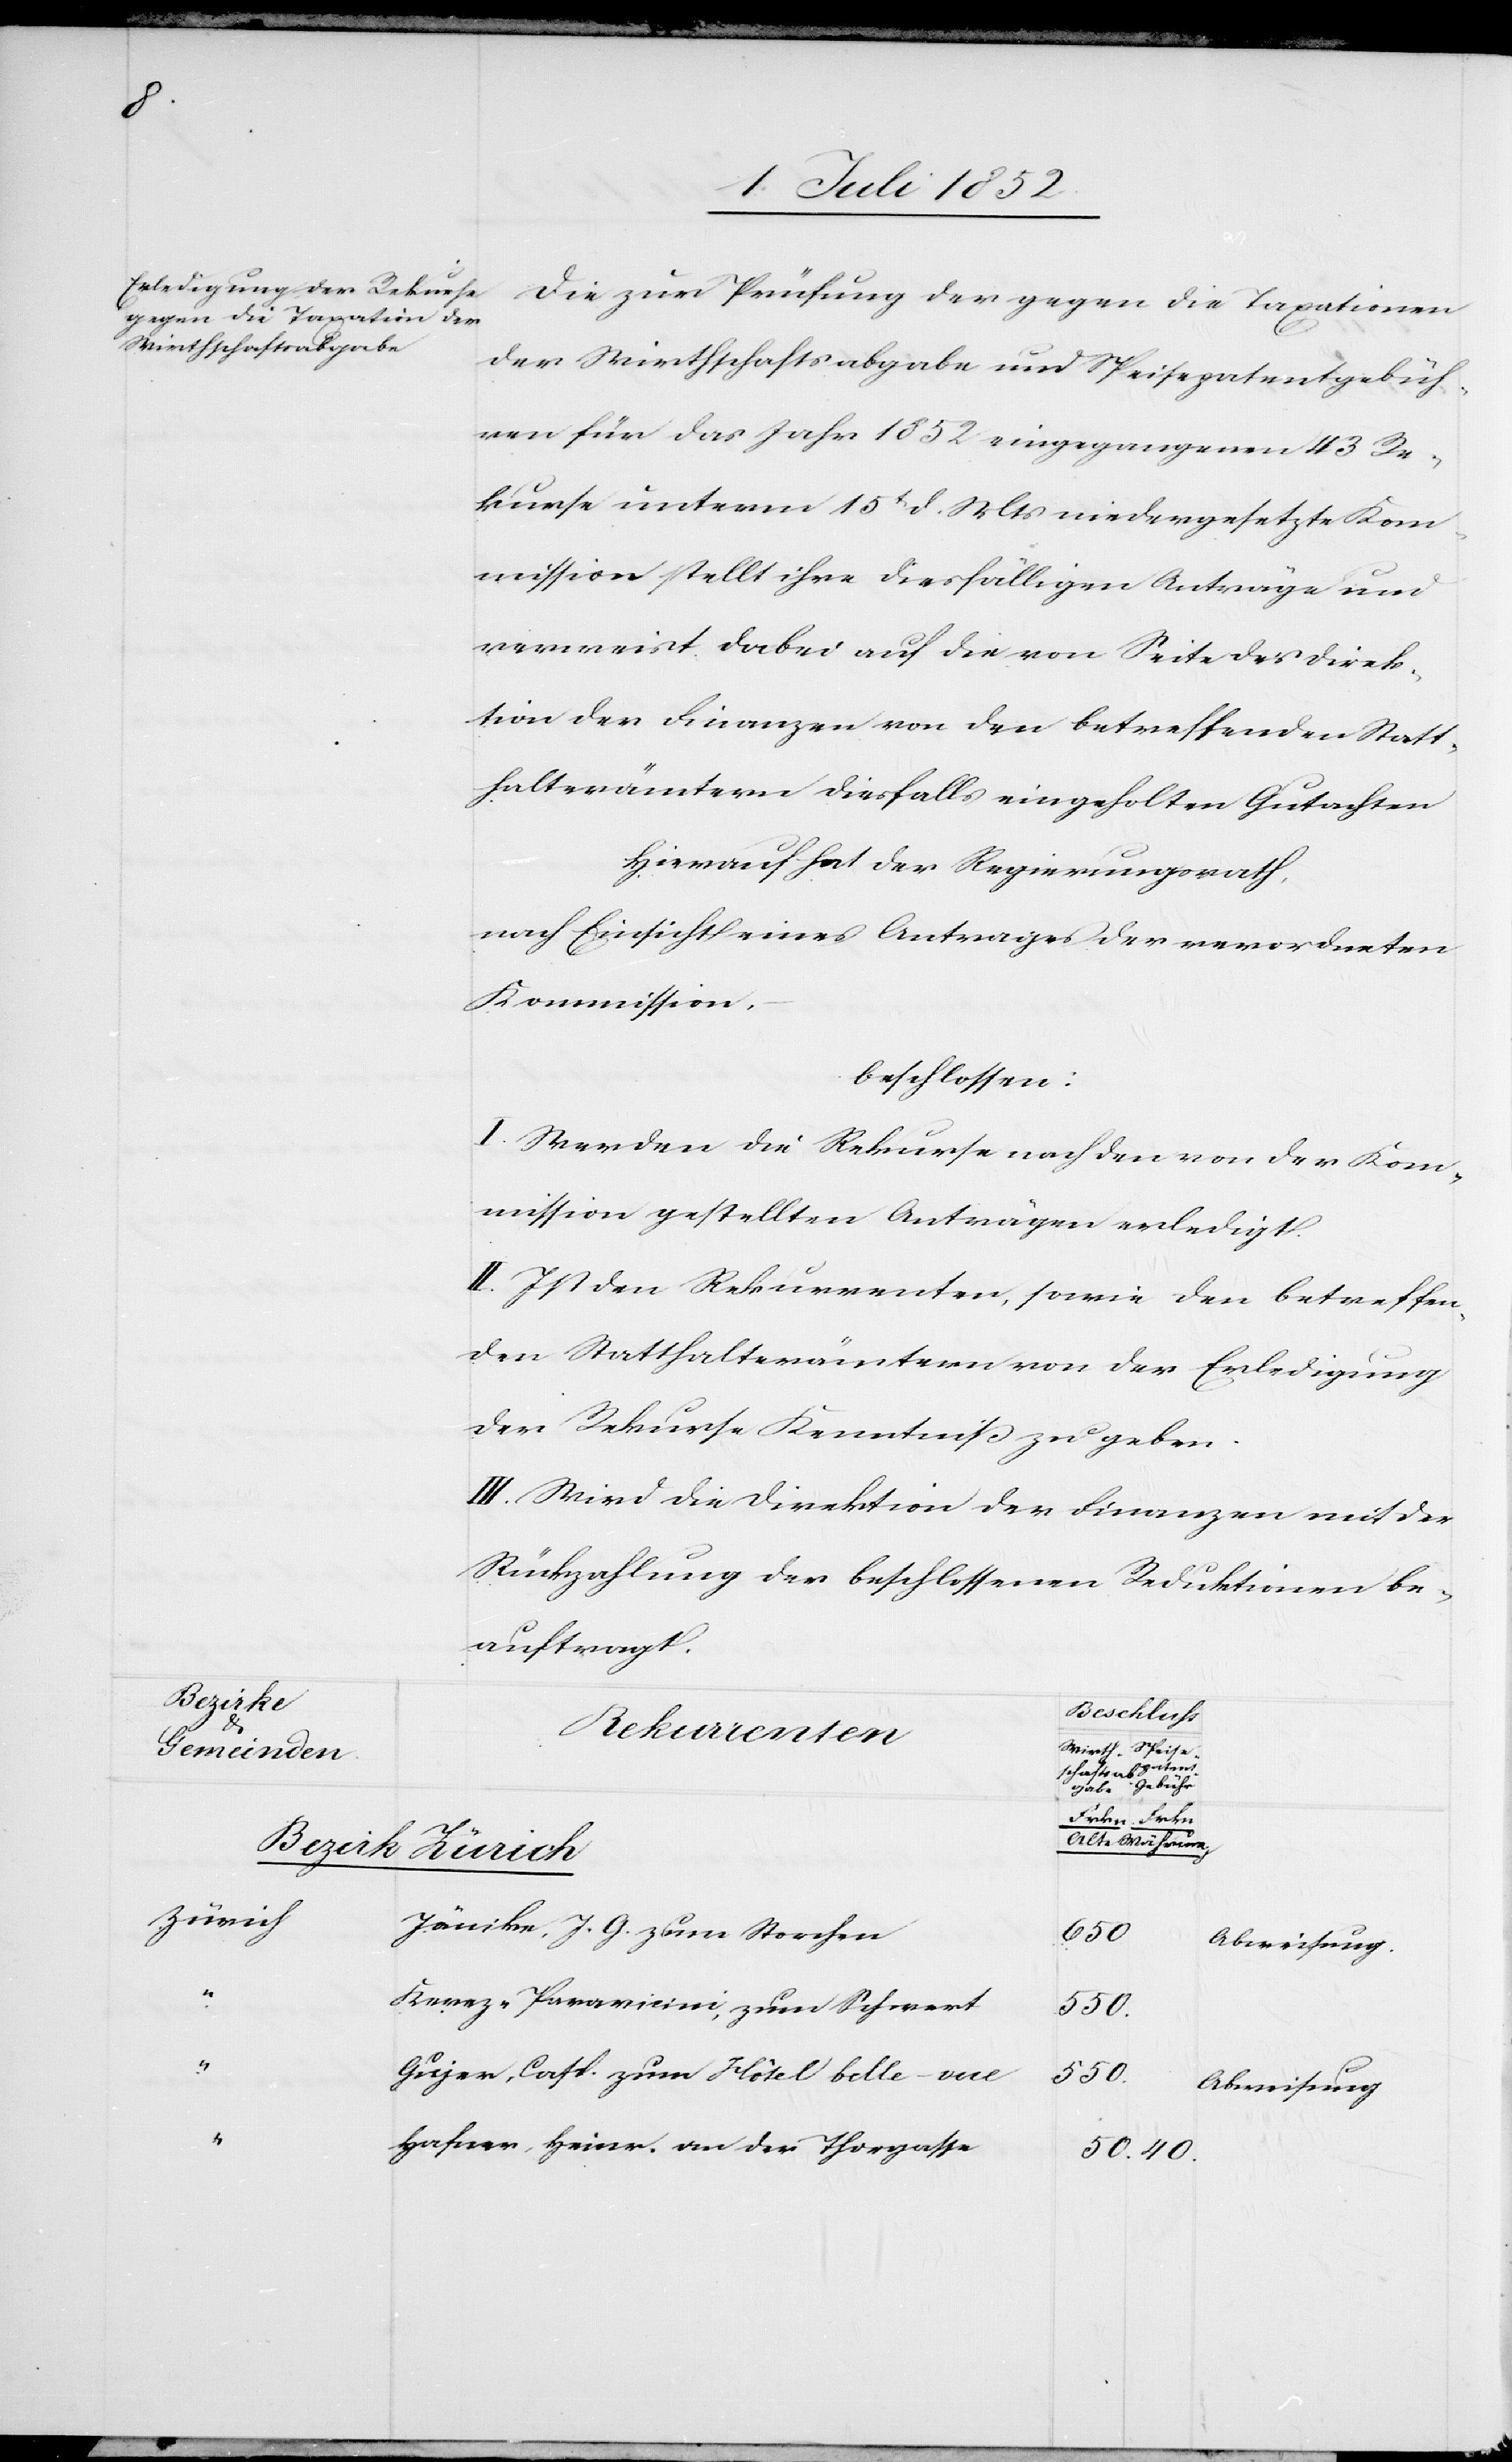
[Wirthschafts-abgabe]
[Bezirke
Gemeinden.]
[Speise¬
[Zürich]

Die zur Prüfung der gegen die Taxationen
der Wirthschaftsabgabe und Speisepatentgebüh¬
ren für das Jahr 1852 eingegangenen 43 Re¬
kurse unterm 15t d. Mts niedergesetzte Kom¬
mission stellt ihre diesfälligen Anträge und
verweist dabei auf die von Seite der Direk¬
tion der Finanzen von den betreffenden Statt¬
halterämtern diesfalls eingeholten Gutachten
Hierauf hat der Regierungsrath,
nach Einsicht eines Antrages der verordneten
Kommission,
beschlossen:
I. Werden die Rekurse nach den von der Kom¬
mission gestellten Anträgen erledigt.
II. Ist den Rekurrenten, sowie den betreffen¬
den Statthalterämtern von der Erledigung
der Rekurse Kenntniß zu geben.
III. Wird die Direktion der Finanzen mit der
Rückzahlung der beschlossenen Reduktionen be¬
auftragt.
Rekurrenten
patent-Gebühr]
[Alte Währung.]
Jänike, J. G. zum Storchen
650
Abweisung.
Kerez-Paravicini, zum Schwert
Gujer, Casp. zum Hôtel belle-vue
50.
Abweisung
Hafner, Heinr. an der Thorgasse